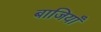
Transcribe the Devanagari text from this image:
बाजियाँ